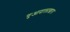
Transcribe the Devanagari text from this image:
गुआदालाख़ारा